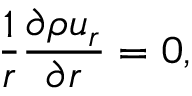
\frac { 1 } { r } \frac { \partial \rho u _ { r } } { \partial r } = 0 ,